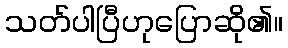
သတ်ပါပြီဟုပြောဆို၏။